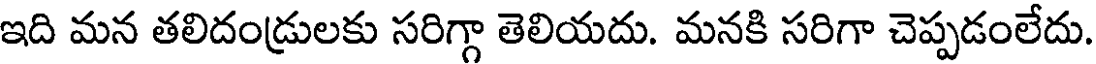
ఇది మన తలిదండ్రులకు సరిగ్గా తెలియదు. మనకి సరిగా చెప్పడంలేదు.